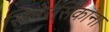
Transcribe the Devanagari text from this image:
सिनेरसिकांना